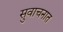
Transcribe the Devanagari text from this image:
सुवाचनात